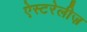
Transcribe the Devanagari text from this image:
ऐस्टरेलीज़